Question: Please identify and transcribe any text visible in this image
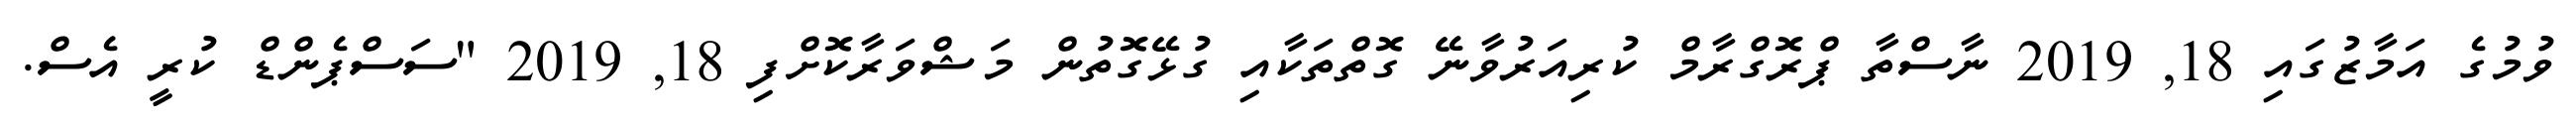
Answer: ވުމުގެ އަމާޒުގައި 18, 2019 ނާސްތާ ޕްރޮގްރާމް ކުރިއަރުވާނޭ ގޮތްތަކާއި ގުޅޭގޮތުން މަޝްވަރާކޮށްފި 18, 2019 "ސަސްޕެންޑް ކުރީ އެސް.